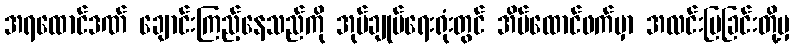
အရထောင်ဒဏ် ချောင်းကြည့်နေသည်ကို အုပ်ချုပ်ရေးရုံးတွင် အိမ်ထောင်ဖက်မှာ အလင်းပြခြင်းတို့မှ